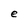
Character: e